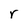
Character: r